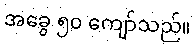
အခွေ ၅၀ ကျော်သည်။